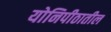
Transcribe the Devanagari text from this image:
योनिपीठातील